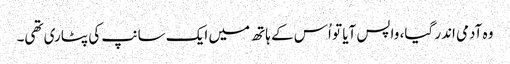
وہ آدمی اندر گیا، واپس آیا تو اُس کے ہاتھ میں ایک سانپ کی پٹاری تھی۔